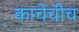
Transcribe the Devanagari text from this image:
काचेचीच